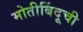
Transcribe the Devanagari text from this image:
मोतीबिंदूची